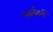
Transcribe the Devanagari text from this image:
स्तार्नबर्ग